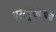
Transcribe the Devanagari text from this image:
परराष्ट्रखात्याचा